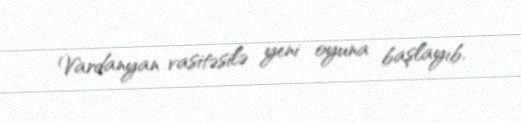
Vardanyan vasitəsilə yeni oyuna başlayıb.